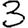
Digit: 3